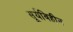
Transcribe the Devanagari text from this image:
सूर्यविहीन